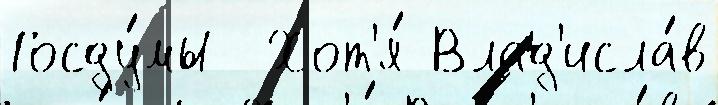
Госду́мы  Хот'я́ Влад'исла́в